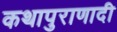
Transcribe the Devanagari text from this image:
कथापुराणादी